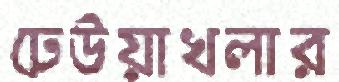
ঢেউয়াখলার